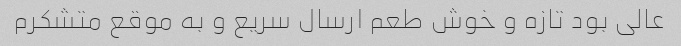
عالی بود تازه و خوش طعم ارسال سریع و به موقع متشکرم